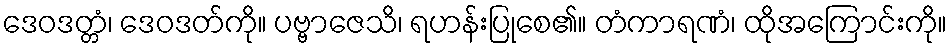
ဒေဝဒတ္တံ၊ ဒေဝဒတ်ကို။ ပဗ္ဗာဇေသိ၊ ရဟန်းပြုစေ၏။ တံကာရဏံ၊ ထိုအကြောင်းကို။